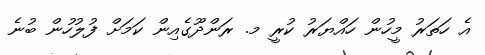
އެ ހަތަރު މީހުން ހައްޔަރު ކުރީ މ. ރަންދޫގެއިން ކަމަށް ފުލުހުން ބުނެ